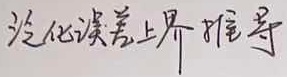
泛化误差上界推导